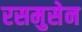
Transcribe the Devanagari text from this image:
रसमुसेन